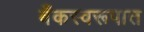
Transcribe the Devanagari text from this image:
बँकस्वरूपात